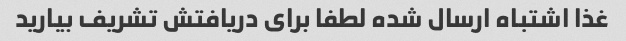
غذا اشتباه ارسال شده لطفا برای دریافتش تشریف بیارید